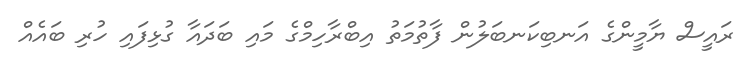
ރައީސް ޔާމީންގެ އަނބިކަނބަލުން ފާތުމަތު އިބްރާހިމްގެ މައި ބަދައާ ގުޅިފައި ހުރި ބައެއް